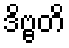
ဒိဗ္ဗတိ